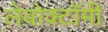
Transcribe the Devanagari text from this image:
लेबोक्टॉमी